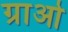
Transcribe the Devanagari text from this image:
ग्राओ